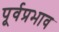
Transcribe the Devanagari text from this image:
पूर्वप्रभाव